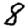
Digit: 8